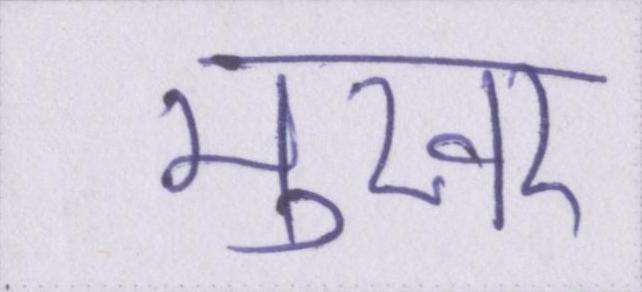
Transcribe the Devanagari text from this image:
मुखर